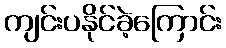
ကျင်းပနိုင်ခဲ့ကြောင်း